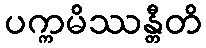
ပက္ကမိဿန္တီတိ